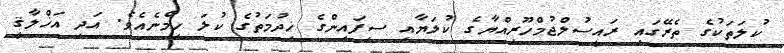
ކުލަތަކުގެ ތެރޭގައި ރައީސުލްޖުމްހޫރިއްޔާގެ ކުލަޔާއި ސިފައިންގެ ޚިދުމަތުގެ ކުލަ ހިމެނެއެވެ. އަދި އަޚްލާޤީ